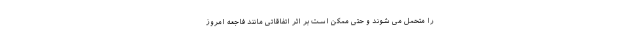
را متحمل می شوند و حتی ممکن است بر اثر اتفاقاتی مانند فاجعه امروز